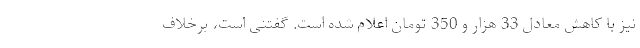
نیز با کاهش معادل 33 هزار و 350 تومان اعلام شده است. گفتنی است، برخلاف